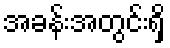
အခန်းအတွင်းရှိ